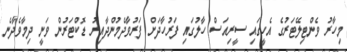
މިހާރު ވެންޓިލޭޓަރުގެ އެހީގައި ސީރިއަސް ހާލުގައި ފަރުހާދަށް ފަރުވާދެމުންދާއިރު ޑޮކްޓަރުން ވަނީ ދިމާވެދާނެ